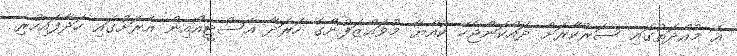
އެ މުއްދަތުގައި ސަރުކާރަށް ދައްކަންޖެހޭ ކުއްޔާ މުވައްޒަފުންގެ ހަރަދާ އެސްޓީއޯއިން އެރަށުގައި ހަދާފައިހުރި